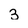
Character: 3